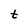
Character: t